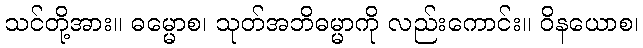
သင်တို့အား။ ဓမ္မောစ၊ သုတ်အဘိဓမ္မာကို လည်းကောင်း။ ဝိနယောစ၊